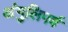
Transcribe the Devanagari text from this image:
अंगुलिपर्व